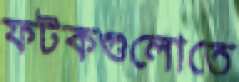
ফটকগুলোতে